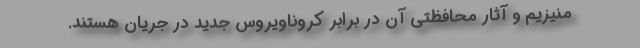
منیزیم و آثار محافظتی آن در برابر کروناویروس جدید در جریان هستند.